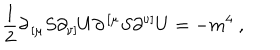
LaTeX: { \frac { 1 } { 2 } } \partial _ { \, [ \mu } S \partial _ { \nu ] } U \partial ^ { \, [ \mu } S \partial ^ { \nu ] } U = - m ^ { 4 } \ ,